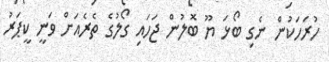
ހުރަހަކުން ނެގި ބޯޅަ ޔޫ ބޮލުން ޖަހައި ގޯލުގެ ތެރެއަށް ވަނީ ކީޕަރު